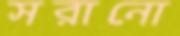
সরানো